Indian journal of veterinary science and animal husbandry - Volumes 26-27, 1956-1957
Year: 1956
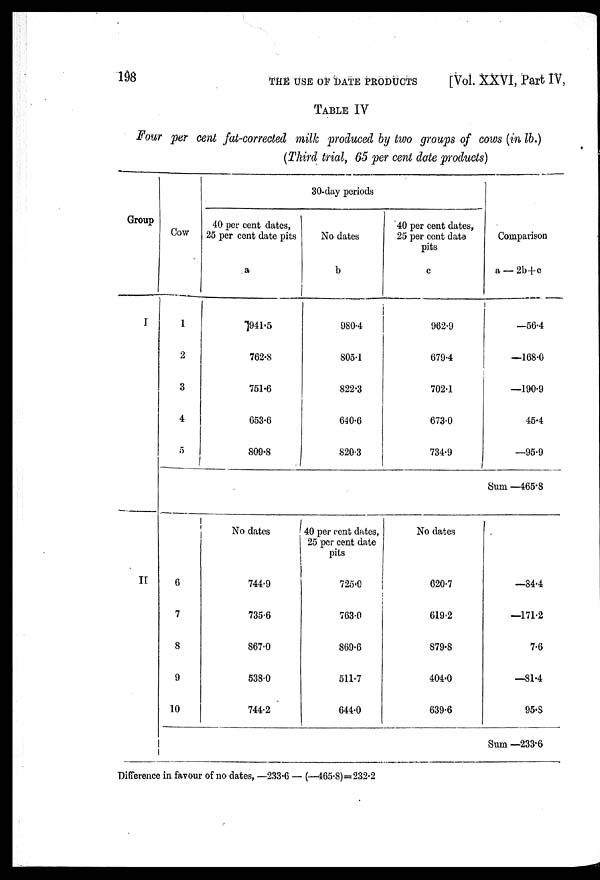
198
THE USE OF DATE PRODUCTS [Vol. XXVI, Part IV,
TABLE IV
Four per cent fat-corrected milk produced by two groups of cows (in lb.)
(Third trial, 65 per cent date products)
Group
I
II
Cow
1
2
3
4
5
6
7
8
9
10
30-day periods
40 per cent dates,
25 per cent date pits
a
941.5
762.8
751.6
653.6
809.8
No dates
744.9
735.6
867.0
538.0
744.2
No dates
b
980.4
805.1
822.3
640.6
820.3
40 per cent dates,
25 per cent date
pits
725.0
763.0
869.6
511.7
644.0
40 per cent dates,
25 per cent date
pits
c
962.9
679.4
702.1
673.0
734.9
No dates
620.7
619.2
879.8
404.0
639.6
Comparison
a — 2b+c
—56.4
—168.0
—190.9
45.4
—95.9
Sum —465.8
—84.4
—171.2
7.6
—81.4
95.S
Sum —233.6
Difference in favour of no dates, —233.6 — (—465.8)=232.2